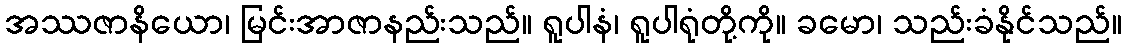
အဿဇာနိယော၊ မြင်းအာဇာနည်းသည်။ ရူပါနံ၊ ရူပါရုံတို့ကို။ ခမော၊ သည်းခံနိုင်သည်။